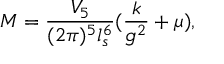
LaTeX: M = { \frac { V _ { 5 } } { ( 2 \pi ) ^ { 5 } l _ { s } ^ { 6 } } } ( { \frac { k } { g ^ { 2 } } } + \mu ) ,